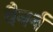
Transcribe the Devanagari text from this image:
वैनर्न